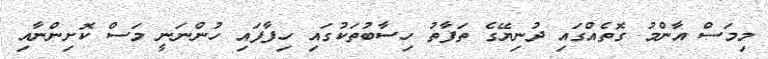
މިމަސް އާންމު ގޮތެއްގައި ދުނިޔޭގެ ތަފާތު ހިސާބުތަކުގައި ހިފާފައި ހުންނަނީ މަސް ކޮށިންނާއި